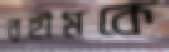
রহীমকে